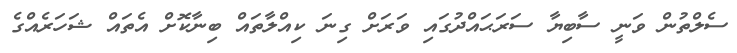
ސެލްތުން ވަނީ ސާބިޔާ ސަރަޙައްދުގައި ވަރަށް ގިނަ ކިއްލާތައް ބިނާކޮށް އެތައް ޝަހަރެއްގެ